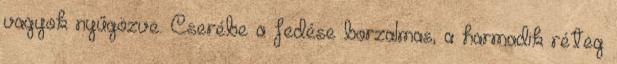
vagyok nyűgözve. Cserébe a fedése borzalmas, a harmadik réteg